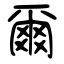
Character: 爾